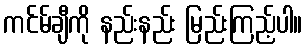
ကင်မ်ချီကို နည်းနည်း မြည်းကြည့်ပါ။